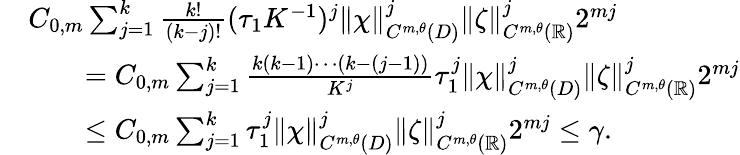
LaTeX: \begin{array}{rl}&{C_{0,m}\sum_{j=1}^{k}\frac{k!}{(k-j)!}(\tau_{1}K^{-1})^{j}\Vert\chi\Vert_{C^{m,\theta}(D)}^{j}\Vert\zeta\Vert_{C^{m,\theta}(\mathbb{R})}^{j}2^{mj}}\\ &{\qquad=C_{0,m}\sum_{j=1}^{k}\frac{k(k-1)\cdots(k-(j-1))}{K^{j}}\tau_{1}^{j}\Vert\chi\Vert_{C^{m,\theta}(D)}^{j}\Vert\zeta\Vert_{C^{m,\theta}(\mathbb{R})}^{j}2^{mj}}\\ &{\qquad\leq C_{0,m}\sum_{j=1}^{k}\tau_{1}^{j}\Vert\chi\Vert_{C^{m,\theta}(D)}^{j}\Vert\zeta\Vert_{C^{m,\theta}(\mathbb{R})}^{j}2^{mj}\leq\gamma.}\end{array}